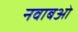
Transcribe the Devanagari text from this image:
नवाबओं